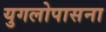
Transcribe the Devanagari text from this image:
युगलोपासना